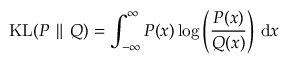
\mathrm { K L } ( P \parallel Q ) = \int _ { - \infty } ^ { \infty } P ( x ) \log \left( \frac { P ( x ) } { Q ( x ) } \right) \, \mathrm { d } x